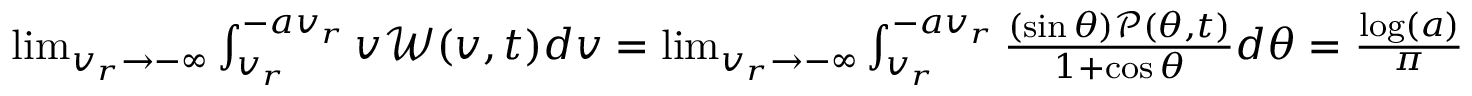
\begin{array} { r } { \operatorname* { l i m } _ { v _ { r } \to - \infty } \int _ { v _ { r } } ^ { - a v _ { r } } v \mathcal W ( v , t ) d v = \operatorname* { l i m } _ { v _ { r } \to - \infty } \int _ { v _ { r } } ^ { - a v _ { r } } \frac { ( \sin \theta ) \mathcal P ( \theta , t ) } { 1 + \cos \theta } d \theta = \frac { \log ( a ) } { \pi } \left[ 1 + \sum _ { n = 1 } ^ { \infty } ( - 1 ) ^ { n } [ Z _ { n } + Z _ { n } ^ { * } ] \right] = \tau _ { m } \log ( a ) R ( t ) \; . } \end{array}